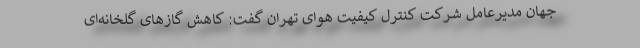
جهان مدیرعامل شرکت کنترل کیفیت هوای تهران گفت: کاهش گازهای گلخانه‌ای